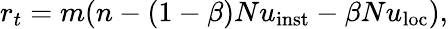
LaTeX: r_{t}=m(n-(1-\beta)Nu_{\mathrm{{inst}}}-\beta Nu_{\mathrm{{loc}}}),